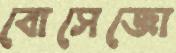
বোসেজো